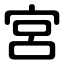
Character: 宮